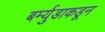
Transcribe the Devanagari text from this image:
बर्म्युडाकडून